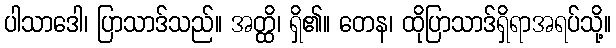
ပါသာဒေါ၊ ပြာသာဒ်သည်။ အတ္ထိ၊ ရှိ၏။ တေန၊ ထိုပြာသာဒ်ရှိရာအရပ်သို့။